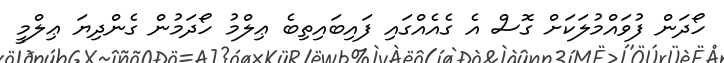
ހޯދަން ފުވައްމުލަކަށް ގޮސް އެ ގެއެއްގައި ފައިބައިތިބެ ޢިލްމު ހޯދަމުން ގެންދިޔަ ޢިލްމީ